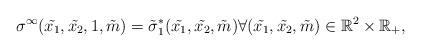
LaTeX: \begin{align*}\sigma^{\infty}( \tilde{x_1}, \tilde{x_2}, 1 , \tilde{m}) =\tilde{\sigma}^*_1 ( \tilde{x_1}, \tilde{x_2},\tilde{m}) \forall ( \tilde{x_1},\tilde{x_2}, \tilde{m}) \in \mathbb{R}^2 \times \mathbb{R}_+,\end{align*}